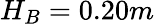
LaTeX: H_{B}=0.20m